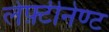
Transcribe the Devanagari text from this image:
लेफ़्टीनेण्ट